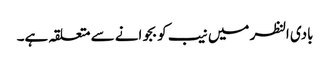
بادی النظر میں نیب کو بجوانے سے متعلقہ ہے۔